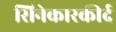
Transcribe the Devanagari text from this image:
सिनेकारकीर्द